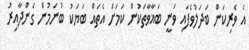
އެ ވެރިކަން ބަދަލުވެފައި ވަނީ ބަޣާވާތަކުން ކަމަށް އެތައް ބަޔަކު ބުނަމުން ގެންދާއިރު